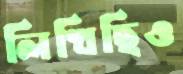
লিখিছিও